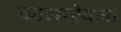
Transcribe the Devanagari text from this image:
कालाऐवजी